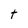
Character: t